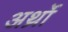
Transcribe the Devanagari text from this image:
अर्थ्रो